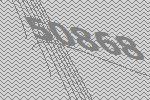
50868